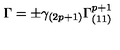
\Gamma = \pm \gamma _ { ( 2 p + 1 ) } \Gamma _ { ( 1 1 ) } ^ { p + 1 }